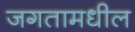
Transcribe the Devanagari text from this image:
जगतामधील